Leaving Certificate Examination (including Day School Certificate (Higher) General paper), 1934
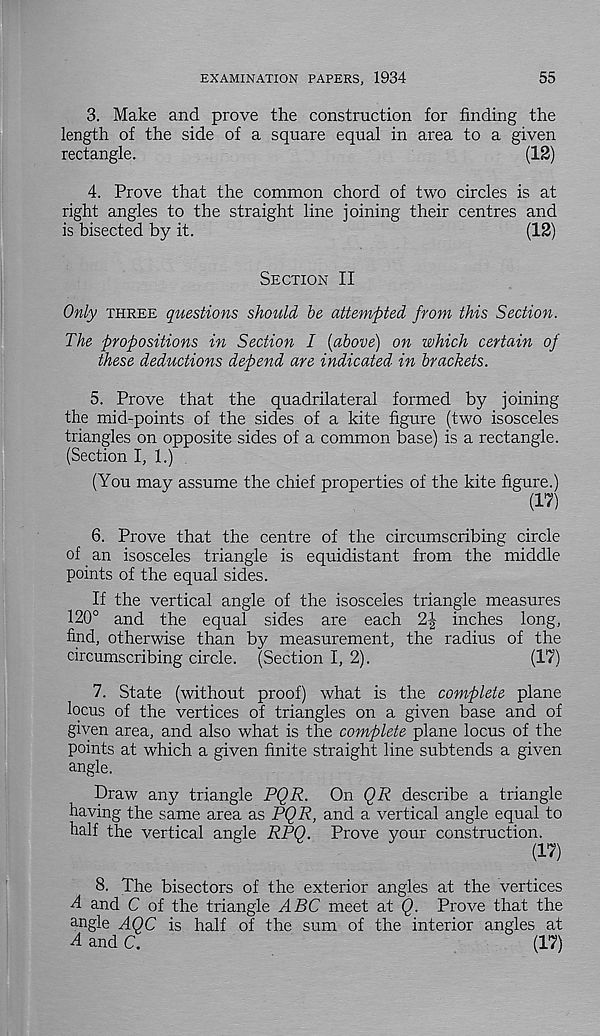
EXAMINATION PAPERS, 1934
55
3. Make and prove the construction for finding the
length of the side of a square equal in area to a given
rectangle.
(12)
4. Prove that the common chord of two circles is at
right angles to the straight line joining their centres and
is bisected by it.
(12)
Section II
Only three questions should be attempted from this Section.
The propositions in Section I [above) on which certain of
these deductions depend are indicated in brackets.
5. Prove that the quadrilateral formed by joining
the mid-points of the sides of a kite figure (two isosceles
triangles on opposite sides of a common base) is a rectangle.
(Section I, 1.)
(You may assume the chief properties of the kite figure.)
(17)
6. Prove that the centre of the circumscribing circle
of an isosceles triangle is equidistant from the middle
points of the equal sides.
If the vertical angle of the isosceles triangle measures
120° and the equal sides are each 2J inches long,
find, otherwise than by measurement, the radius of the
circumscribing circle. (Section I, 2).
(17)
7. State (without proof) what is the complete plane
locus of the vertices of triangles on a given base and of
given area, and also what is the complete plane locus of the
points at which a given finite straight line subtends a given
angle.
Draw any triangle PQR. On QR describe a triangle
having the same area as PQR, and a vertical angle equal to
half the vertical angle RPQ. Prove your construction.
(17)
8. The bisectors of the exterior angles at the vertices
A and C of the triangle ABC meet at Q. Prove that the
angle AQC is half of the sum of the interior angles at
A and C.
(17)